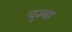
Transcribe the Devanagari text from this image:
चुम्बा